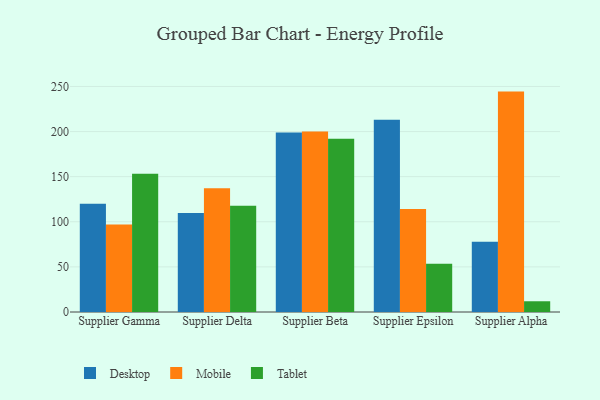
{"axis": {"x": "Supplier", "y": "Tickets Resolved"}, "legend": ["Desktop", "Mobile", "Tablet"], "data": [{"x": "Supplier Gamma", "y": 119.9, "type": "Desktop"}, {"x": "Supplier Gamma", "y": 97.0, "type": "Mobile"}, {"x": "Supplier Gamma", "y": 153.3, "type": "Tablet"}, {"x": "Supplier Delta", "y": 109.7, "type": "Desktop"}, {"x": "Supplier Delta", "y": 137.3, "type": "Mobile"}, {"x": "Supplier Delta", "y": 117.8, "type": "Tablet"}, {"x": "Supplier Beta", "y": 199.0, "type": "Desktop"}, {"x": "Supplier Beta", "y": 200.1, "type": "Mobile"}, {"x": "Supplier Beta", "y": 191.9, "type": "Tablet"}, {"x": "Supplier Epsilon", "y": 213.2, "type": "Desktop"}, {"x": "Supplier Epsilon", "y": 114.1, "type": "Mobile"}, {"x": "Supplier Epsilon", "y": 53.6, "type": "Tablet"}, {"x": "Supplier Alpha", "y": 77.9, "type": "Desktop"}, {"x": "Supplier Alpha", "y": 244.3, "type": "Mobile"}, {"x": "Supplier Alpha", "y": 11.9, "type": "Tablet"}]}